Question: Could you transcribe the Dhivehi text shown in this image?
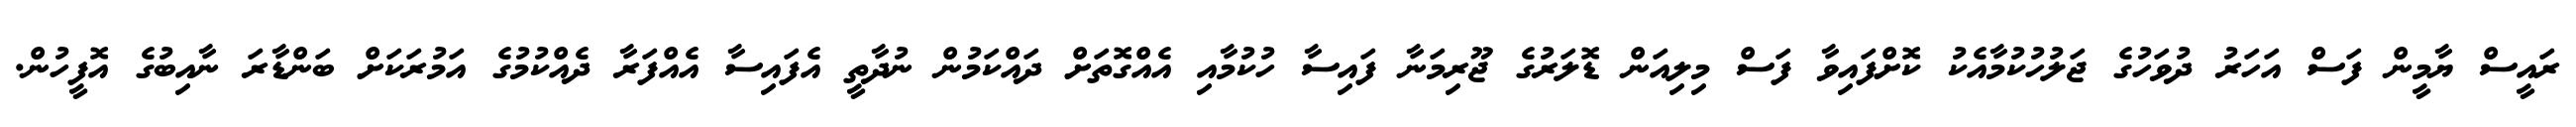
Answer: ރައީސް ޔާމީން ފަސް އަހަރު ދުވަހުގެ ޖަލުހުކުމާއެކު ކޮށްފައިވާ ފަސް މިލިއަން ޑޮލަރުގެ ޖޫރިމަނާ ފައިސާ ހުކުމާއި އެއްގޮތަށް ދައްކަމުން ނުދާތީ އެފައިސާ އެއްފަރާ ދެއްކުމުގެ އަމުރަކަށް ބަންޑާރަ ނާއިބުގެ އޮފީހުން.